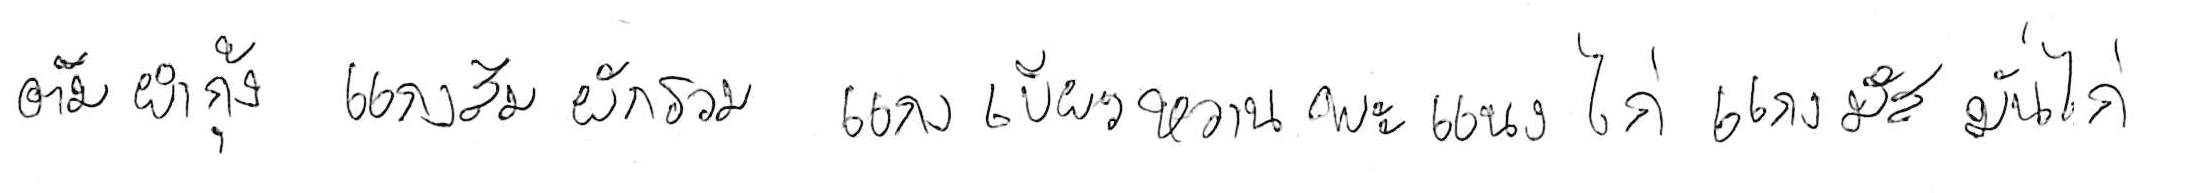
ต้มยำกุ้ง แกงส้มผักรวม แกงเขียวหวาน พะแนงไก่ แกงมัสมั่นไก่